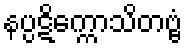
နပ္ပဋိက္ကောသိတဗ္ဗံ